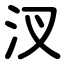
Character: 汊